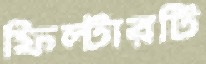
ফিল্টারটি